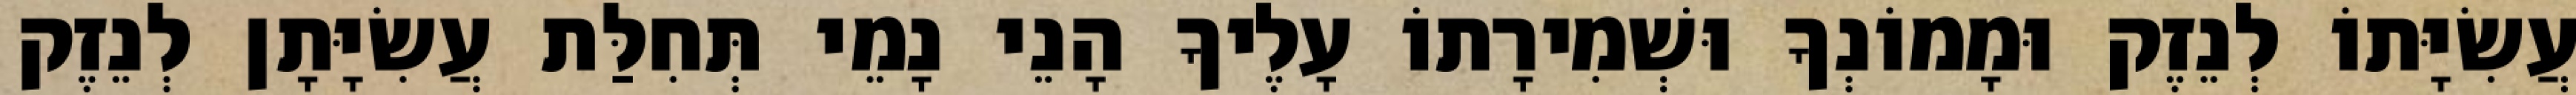
עֲשִׂיָּתוֹ לְנֵזֶק וּמָמוֹנְךָ וּשְׁמִירָתוֹ עָלֶיךָ הָנֵי נָמֵי תְּחִלַּת עֲשִׂיָּתָן לְנֵזֶק